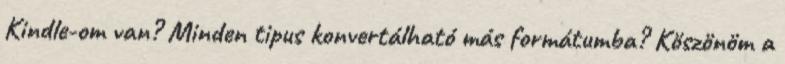
Kindle-om van? Minden tipus konvertálható más formátumba? Köszönöm a